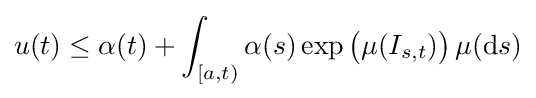
u(t)\leq \alpha (t)+\int _{[a,t)}\alpha (s)\exp {\bigl (}\mu (I_{s,t}){\bigr )}\,\mu (\mathrm {d} s)